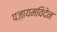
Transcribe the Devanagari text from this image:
पज़ायमविदेन